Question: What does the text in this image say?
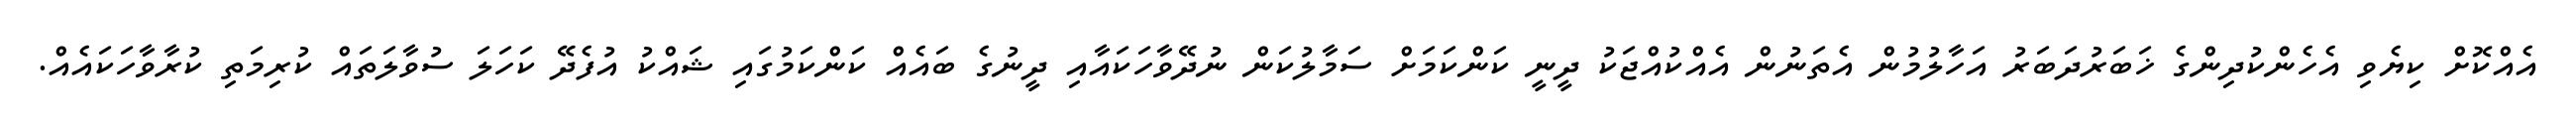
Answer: އެއްކޮށް ކިޔެވި އެހެންކުދިންގެ ޚަބަރުދަބަރު އަހާލުމުން އެތަނުން އެއްކުއްޖަކު ދީނީ ކަންކަމަށް ސަމާލުކަން ނުދޭވާހަކައާއި ދީނުގެ ބައެއް ކަންކަމުގައި ޝައްކު އުފެދޭ ކަހަލަ ސުވާލަތައް ކުރިމަތި ކުރާވާހަކައެއް.